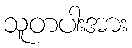
သူတပါးအား